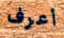
أعرف